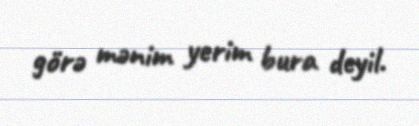
görə mənim yerim bura deyil.